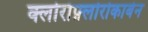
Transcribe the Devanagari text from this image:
क्लोरोफ़्लोरोकार्बन